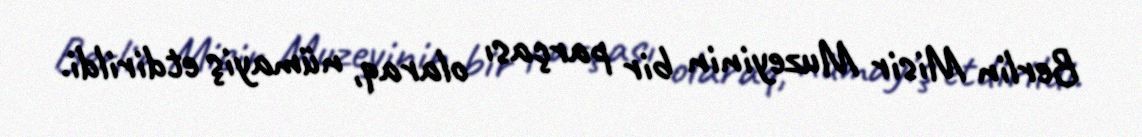
Berlin Misir Muzeyinin bir parçası olaraq, nümayiş etdirildi.